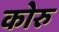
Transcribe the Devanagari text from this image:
कोरु